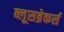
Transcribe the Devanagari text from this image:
ब्लूसब्रेकर्स